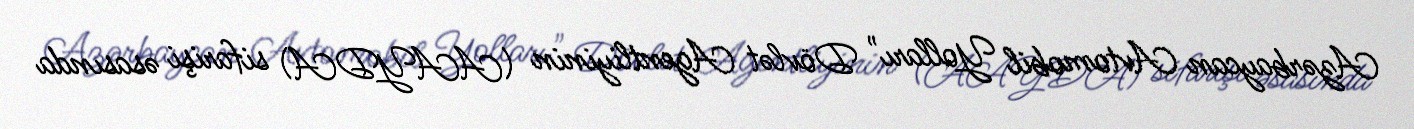
Azərbaycan Avtomobil Yolları" Dövlət Agentliyinin (AAYDA) sifarişi əsasında